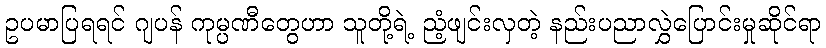
ဥပမာပြရရင် ဂျပန် ကုမ္ပဏီတွေဟာ သူတို့ရဲ့ ညံ့ဖျင်းလှတဲ့ နည်းပညာလွှဲပြောင်းမှုဆိုင်ရာ